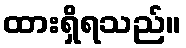
ထားရှိရသည်။